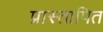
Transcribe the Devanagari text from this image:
प्रास्तापित